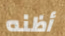
أظنه